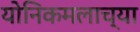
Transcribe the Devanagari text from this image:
योनिकमलाच्या